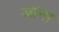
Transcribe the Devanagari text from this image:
जांना